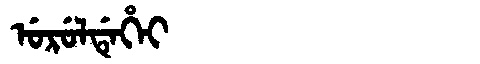
Manchu: ᡠᡵᡠᠯᡩᡝᡥᡝᡳ
Romanization: URULDEHEI